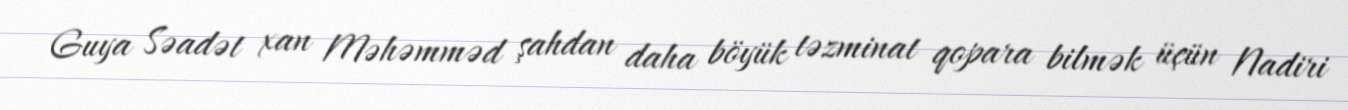
Guya Səadət xan Məhəmməd şahdan daha böyük təzminat qopara bilmək üçün Nadiri